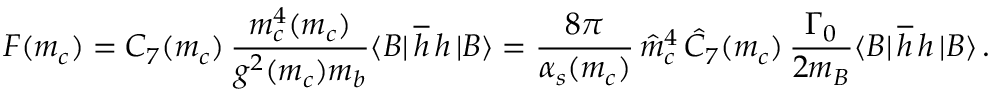
F ( m _ { c } ) = C _ { 7 } ( m _ { c } ) \, { \frac { m _ { c } ^ { 4 } ( m _ { c } ) } { g ^ { 2 } ( m _ { c } ) m _ { b } } } \langle B | \, \overline { { h } } \, h \, | B \rangle = { \frac { 8 \pi } { \alpha _ { s } ( m _ { c } ) } } \, \hat { m } _ { c } ^ { 4 } \, \hat { C } _ { 7 } ( m _ { c } ) \, { \frac { \Gamma _ { 0 } } { 2 m _ { B } } } \langle B | \, \overline { { h } } \, h \, | B \rangle \, .